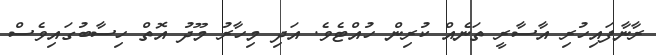
ރާނާފައިހުރި އާސާރީ ތަނެއް ކުރިން ހުއްޓެވެ. އަދި މިހާރު މޫދު އޮތް ހިސާބުގައިވެސް